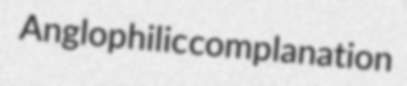
Anglophilic complanation